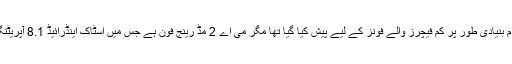
اینڈرائیڈ ون پروگرام بنیادی طور پر کم فیچرز والے فونز کے لیے پیش کیا گیا تھا مگر می اے 2 مڈ رینج فون ہے جس میں اسٹاک اینڈرائیڈ 8.1 آپریٹنگ سسٹم دیا گیا ہے۔